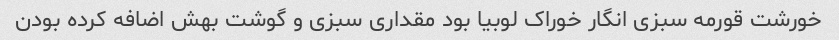
خورشت قورمه سبزی انگار خوراک لوبیا بود مقداری سبزی و گوشت بهش اضافه کرده بودن